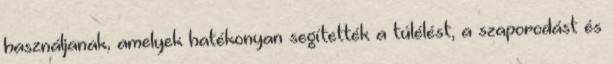
használjanak, amelyek hatékonyan segítették a túlélést, a szaporodást és